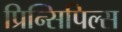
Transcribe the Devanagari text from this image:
प्रिन्सिपिल्स